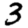
Digit: 3